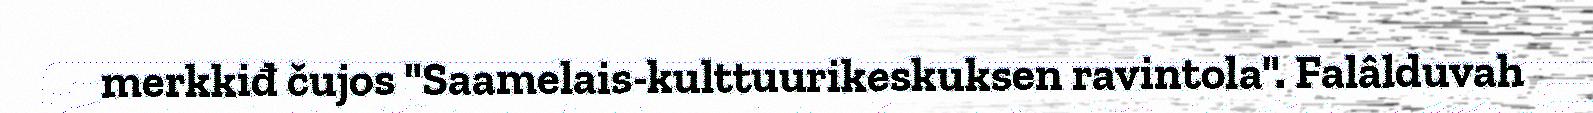
merkkiđ čujos "Saamelais-kulttuurikeskuksen ravintola". Falâlduvah